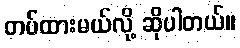
တပ်ထားမယ်လို့ ဆိုပါတယ်။